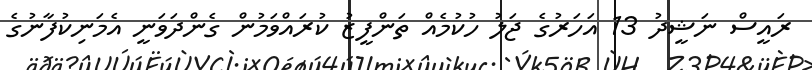
ރައީސް ނަޝީދު 13 އަހަރުގެ ޖަލު ހުކުމެއް ތަންފީޒު ކުރައްވަމުން ގެންދަވަނީ އެމަނިކުފާނުގެ